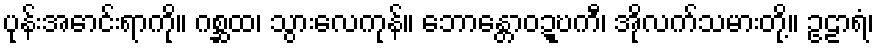
ပုန်းအောင်းရာကို။ ဂစ္ဆထ၊ သွားလေကုန်။ ဘောန္တောဝဍ္ဎကီ၊ အိုလက်သမားတို့။ ဥဠာရံ၊